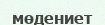
мөдениет